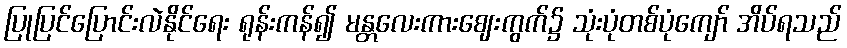
ပြုပြင်ပြောင်းလဲနိုင်ရေး ရုန်းကန်၍ မန္တလေးကားဈေးကွက်၌ သုံးပုံတစ်ပုံကျော် အိပ်ရသည်